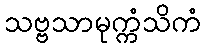
သဗ္ဗသာမုက္ကံသိကံ